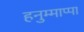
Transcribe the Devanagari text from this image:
हनुम्माप्पा